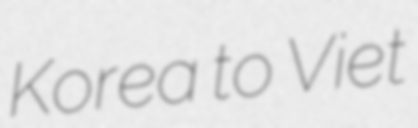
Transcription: Korea to Viet